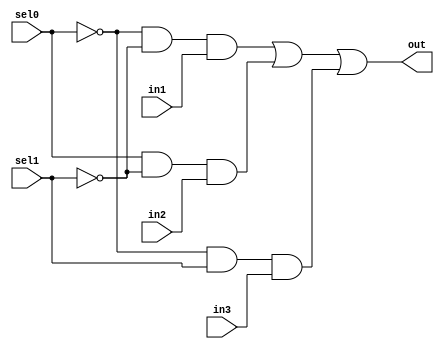
module mux3to1(out, sel0, sel1, in1, in2, in3);
	input in1, in2, in3;
	input sel0, sel1;
	output out;
	
	wire n0, n1, a1, a2,a3;
	not(n0, sel0);
	not (n1, sel1);
	
	and (a1, n0, n1, in1);
	and (a2, sel0, n1, in2);
	and (a3, n0, sel1, in3);

	or (out, a1, a2, a3);
	
endmodule


module bit8_3to1mux_gen(out, sel0, sel1, in1, in2, in3);
	input [7:0] in1, in2, in3;
	output [7:0] out;
	input sel0, sel1;
	genvar j;
	generate for(j = 0; j < 8; j= j + 1) begin: mux_loop
		mux3to1 m1(out[j], sel0, sel1, in1[j], in2[j], in3[j]);
	end
	endgenerate
endmodule

module bit32_3to1mux_gen(out, sel0, sel1, in1, in2, in3);
	input [31:0] in1, in2, in3;
	output [31:0] out;
	input sel0, sel1;
	genvar j;
	
	generate for(j= 0 ; j < 32; j = j+8) begin: mux_loop
		bit8_3to1mux_gen m1(out[j+7 : j], sel0, sel1,  in1[j+7:j], in2[j+7:j], in3[j+7:j]);
	end
	endgenerate
endmodule

module tb_bit32mux3to1;
	reg [31:0] in1, in2, in3;
	wire [31:0] out;
	reg sel0, sel1;
	
	bit32_3to1mux_gen m1(out, sel0, sel1,in1, in2, in3);
	
	initial
	begin
	$monitor ($time, " In1 = %b, In2 = %b, In3 = %b, Sel0 = %b, Sel1 = %b, Out = %b", in1, in2, in3, sel0, sel1, out);
	in1 = 32'b10101010101010101010101010101010;
	in2 = 32'b01010101010101010101010101010101;
	in3 = 32'b11111111111111111111111111111111;
	
	sel0 = 0;
	sel1 = 0;
	
	#50 sel0 = 1; sel1 = 0;
	#50 sel0 = 0; sel1 = 1;
	
	#20 $finish;
	end
endmodule